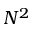
N ^ { 2 }